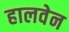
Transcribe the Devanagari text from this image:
हालवेन